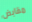
مقابض